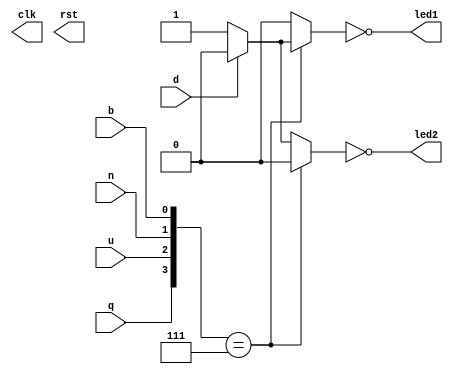
module box
(
    input wire q,u,n,b,          
    input wire d,				  
    output wire led1,    	     
    output wire led2,			
	 clk,
	 rst
  );

wire              key_pulse;
wire  [3:0]   code;			 
reg			  open;			  
reg			  alarm;         
assign		code = {q,u,n,b};

always@(code)
		if(code == 4'b0111)  
		begin
	      if(d == 1'b0) 	
			begin
				open = 1'b1;  
				alarm = 1'b0; 
			end
		   else
			begin
				open = 1'b0;  
				alarm = 1'b0;
			end
		end
     else
	   begin
	      if(d == 1'b0) 	
			begin
				open = 1'b0;  
				alarm = 1'b1; 
			end
		   else
			begin
				open = 1'b0;  
				alarm = 1'b0;
			end
		end
 assign  led1 = ~open;		
 assign	led2 = ~alarm;		

debounce  u1 (                               
                       .clk (clk),
                       .rst (rst),
                       .key (d),
                       .key_pulse (key_pulse)
                       );
endmodule

module debounce (clk,rst,key,key_pulse);
 
        parameter       N  =  1;                      //
 
	input             clk;
        input             rst;
        input 	[N-1:0]   key;                        //					
	output  [N-1:0]   key_pulse;                  //	
 
        reg     [N-1:0]   key_rst_pre;                //
        reg     [N-1:0]   key_rst;                    //
 
        wire    [N-1:0]   key_edge;                   //
 
        //
        always @(posedge clk  or  negedge rst)
          begin
             if (!rst) begin
                 key_rst <= {N{1'b1}};                //key_rst1{}N1
                 key_rst_pre <= {N{1'b1}};
             end
             else begin
                 key_rst <= key;                     //keykey_rst,key_rstkey_rst_pre
                 key_rst_pre <= key_rst;             //key_rstkeykey_rst_prekey
             end    
           end
 
        assign  key_edge = key_rst_pre & (~key_rst);//keykey_edge
 
        reg	[17:0]	  cnt;                       //12MHz20ms18     
 
        //20mskey_edge
        always @(posedge clk or negedge rst)
           begin
             if(!rst)
                cnt <= 18'h0;
             else if(key_edge)
                cnt <= 18'h0;
             else
                cnt <= cnt + 1'h1;
             end  
 
        reg     [N-1:0]   key_sec_pre;                //
        reg     [N-1:0]   key_sec;                    
 
 
        //key
        always @(posedge clk  or  negedge rst)
          begin
             if (!rst) 
                 key_sec <= {N{1'b1}};                
             else if (cnt==18'h3ffff)
                 key_sec <= key;  
          end
       always @(posedge clk  or  negedge rst)
          begin
             if (!rst)
                 key_sec_pre <= {N{1'b1}};
             else                   
                 key_sec_pre <= key_sec;             
         end      
       assign  key_pulse = key_sec_pre & (~key_sec);     
 
endmodule